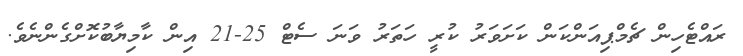
ރައްޓެހިން ޗެމްޕިއަންކަން ކަށަވަރު ކުރީ ހަތަރު ވަނަ ސެޓް 25-21 އިން ކާމިޔާބުކޮށްގެންނެވެ.